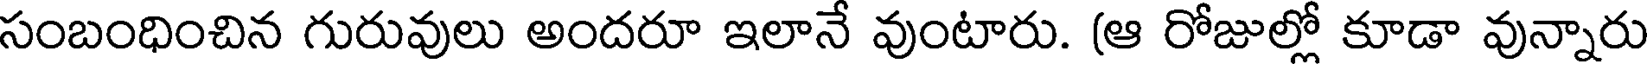
సంబంధించిన గురువులు అందరూ ఇలానే వుంటారు. (ఆ రోజుల్లో కూడా వున్నారు